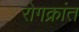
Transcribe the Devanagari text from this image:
रोगक्रांत